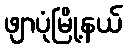
ဖျာပုံမြို့နယ်